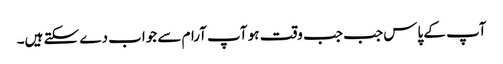
آپ کے پاس جب جب وقت ہو آپ آرام سے جواب دے سکتے ہیں۔